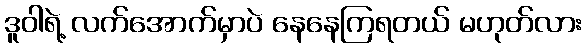
ဒူဝါရဲ့ လက်အောက်မှာပဲ နေနေကြရတယ် မဟုတ်လား